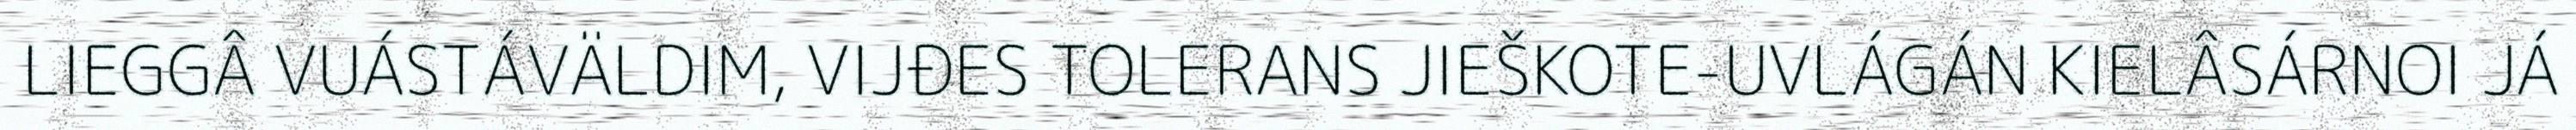
LIEGGÂ VUÁSTÁVÄLDIM, VIJĐES TOLERANS JIEŠKOTE-UVLÁGÁN KIELÂSÁRNOI JÁ